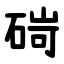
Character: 碋